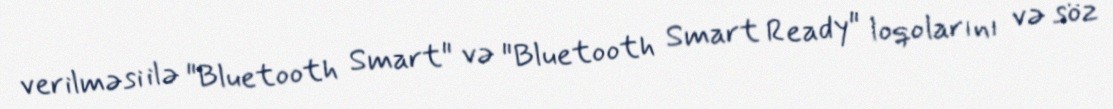
verilməsi ilə "Bluetooth Smart" və "Bluetooth Smart Ready" loqolarını və söz